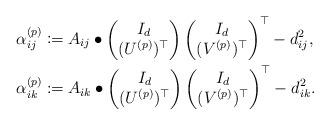
LaTeX: \begin{align*}\alpha_{ij}^{(p)} &\coloneqq A_{ij}\bullet \begin{pmatrix}I_d\\(U^{(p)})^\top\end{pmatrix}\begin{pmatrix}I_d\\(V^{(p)})^\top\end{pmatrix}^\top -d_{ij}^2 ,\\\alpha_{ik}^{(p)} &\coloneqq A_{ik}\bullet\begin{pmatrix}I_d\\(U^{(p)})^\top\end{pmatrix}\begin{pmatrix}I_d\\(V^{(p)})^\top\end{pmatrix}^\top -d_{ik}^2 .\end{align*}